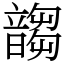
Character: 䪮